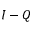
I - Q